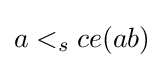
a<_{s}ce(ab)